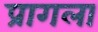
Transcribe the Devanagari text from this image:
प्रागला